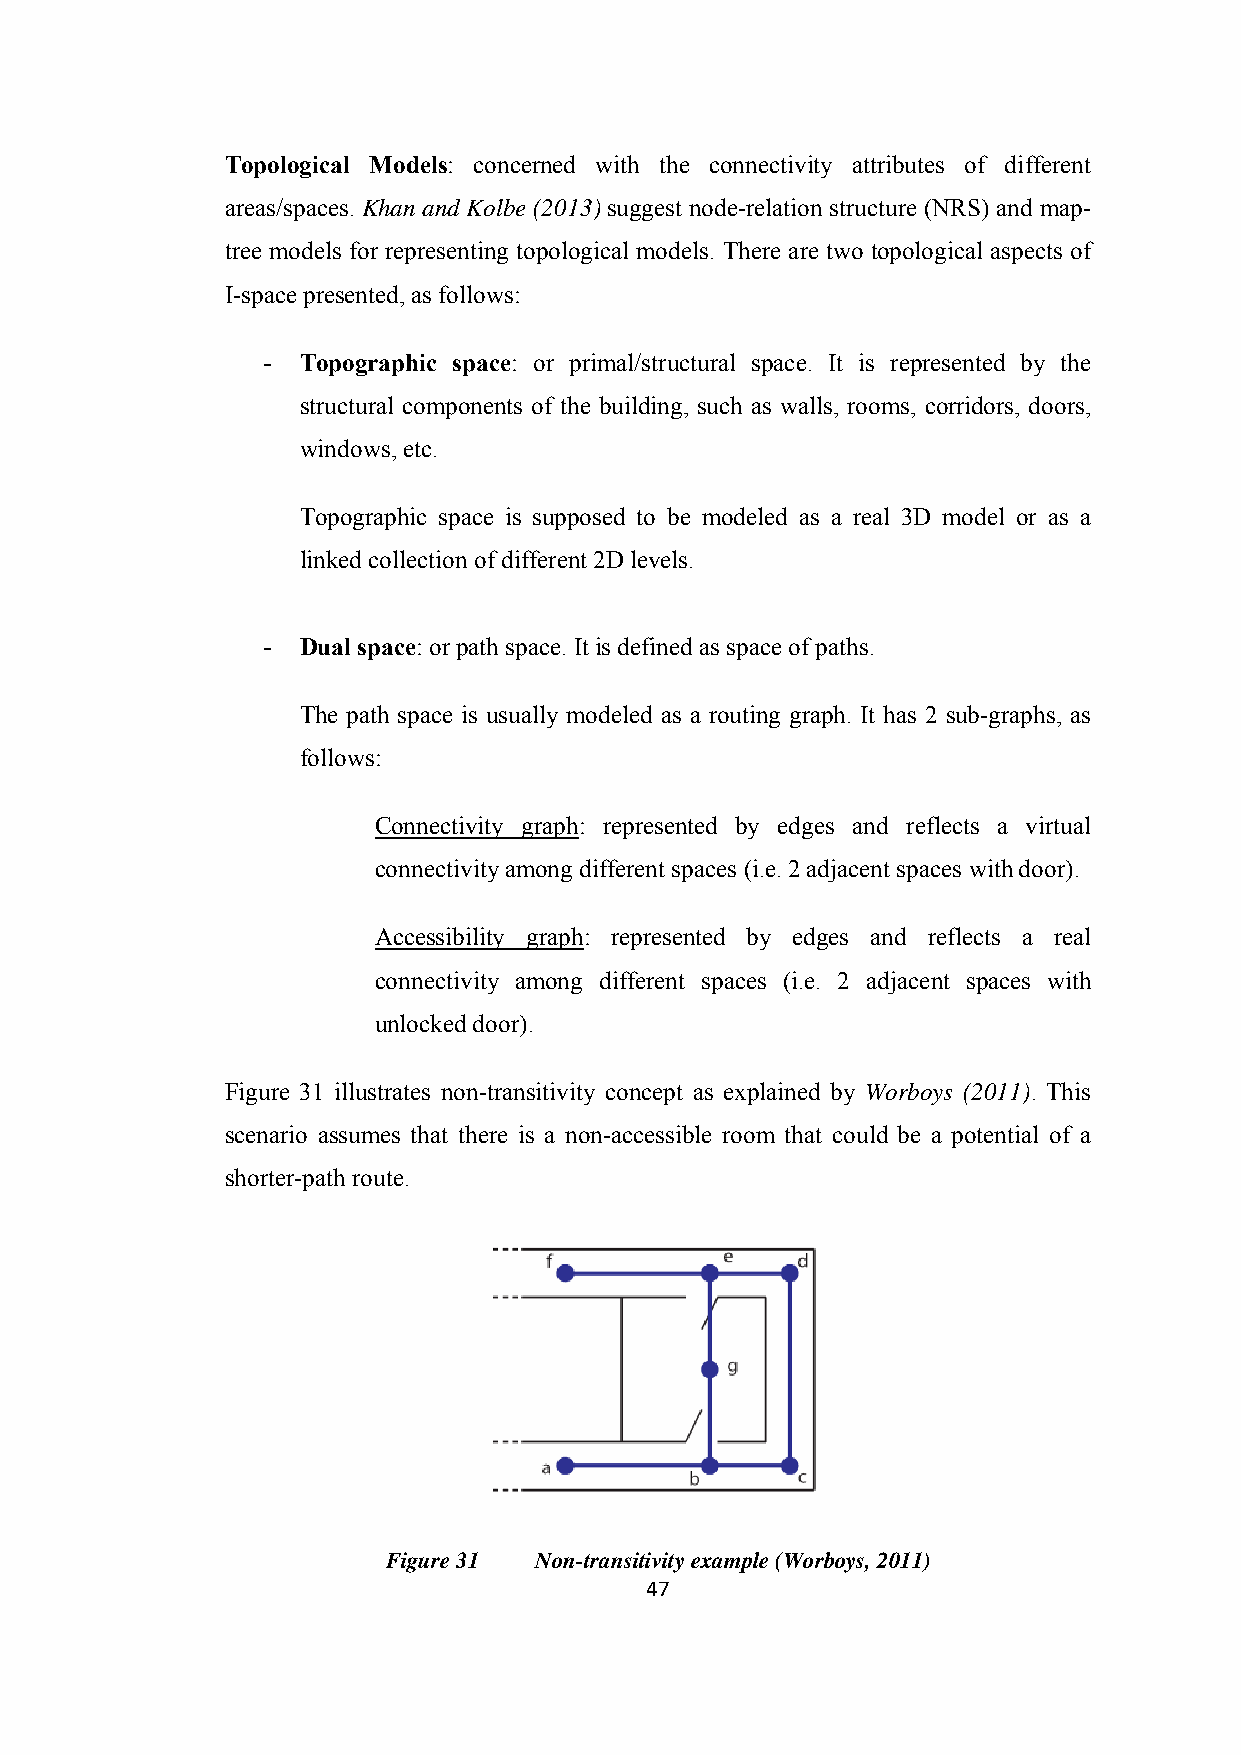
Topological Models: concerned with the connectivity attributes of different
 areas/spaces. Khan and Kolbe (2013) suggest node-relation structure (NRS) and map-
 tree models for representing topological models. There are two topological aspects of
 I-space presented, as follows:
 -  Topographic space: or primal/structural space. It is represented by the
 structural components of the building, such as walls, rooms, corridors, doors,
 windows, etc.
 Topographic space is supposed to be modeled as a real 3D model or as a
 linked collection of different 2D levels.
 -  Dual space: or path space. It is defined as space of paths.
 The path space is usually modeled as a routing graph. It has 2 sub-graphs, as
 follows:
 Connectivity graph: represented by edges and reflects a virtual
 connectivity among different spaces (i.e. 2 adjacent spaces with door).
 Accessibility graph: represented by edges and reflects a real
 connectivity among different spaces (i.e. 2 adjacent spaces with
 unlocked door).
 Figure 31 illustrates non-transitivity concept as explained by Worboys (2011). This
 scenario assumes that there is a non-accessible room that could be a potential of a
 shorter-path route.
 Figure 31 Non-transitivity example (Worboys, 2011)
 47